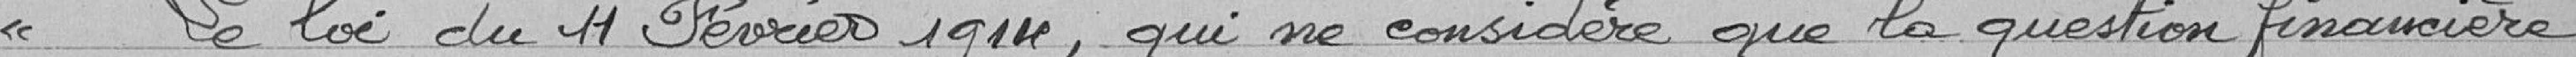
La loi du 11 février 1914, qui ne considère que la question financière